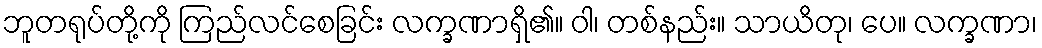
ဘူတရုပ်တို့ကို ကြည်လင်စေခြင်း လက္ခဏာရှိ၏။ ဝါ၊ တစ်နည်း။ သာယိတု၊ ပေ။ လက္ခဏာ၊